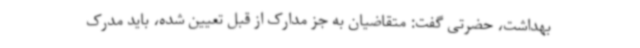
بهداشت، حضرتی گفت: متقاضیان به جز مدارک از قبل تعیین شده، باید مدرک